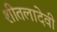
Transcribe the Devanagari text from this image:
शीतलादेवी